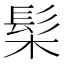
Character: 髤